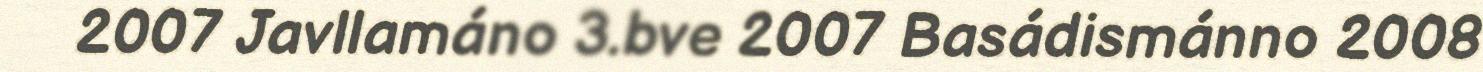
2007 Javllamáno 3.bve 2007 Basádismánno 2008